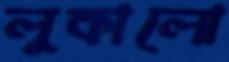
লুকালো